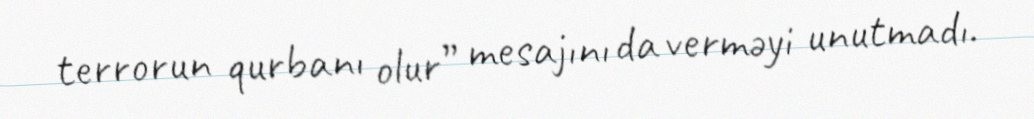
terrorun qurbanı olur” mesajını da verməyi unutmadı.